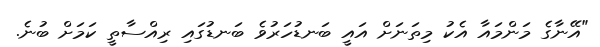
"އޭނާގެ މަންމައާ އެކު މިތަނަށް އައީ ބަނޑުހަރުވެ ބަނޑުގައި ރިއްސާތީ ކަމަށް ބުނެ.